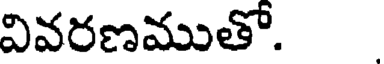
వివరణముతో.